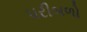
પરીબળો